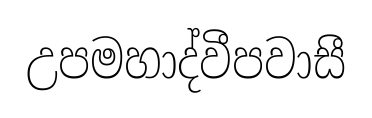
උපමහාද්වීපවාසී